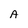
Character: A